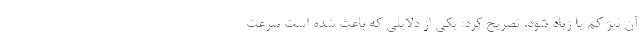
آن نیز کم یا زیاد شود، تصریح کرد: یکی از دلایلی که باعث شده است سرعت